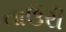
તાઉરી